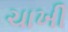
ચાખી